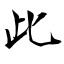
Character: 此